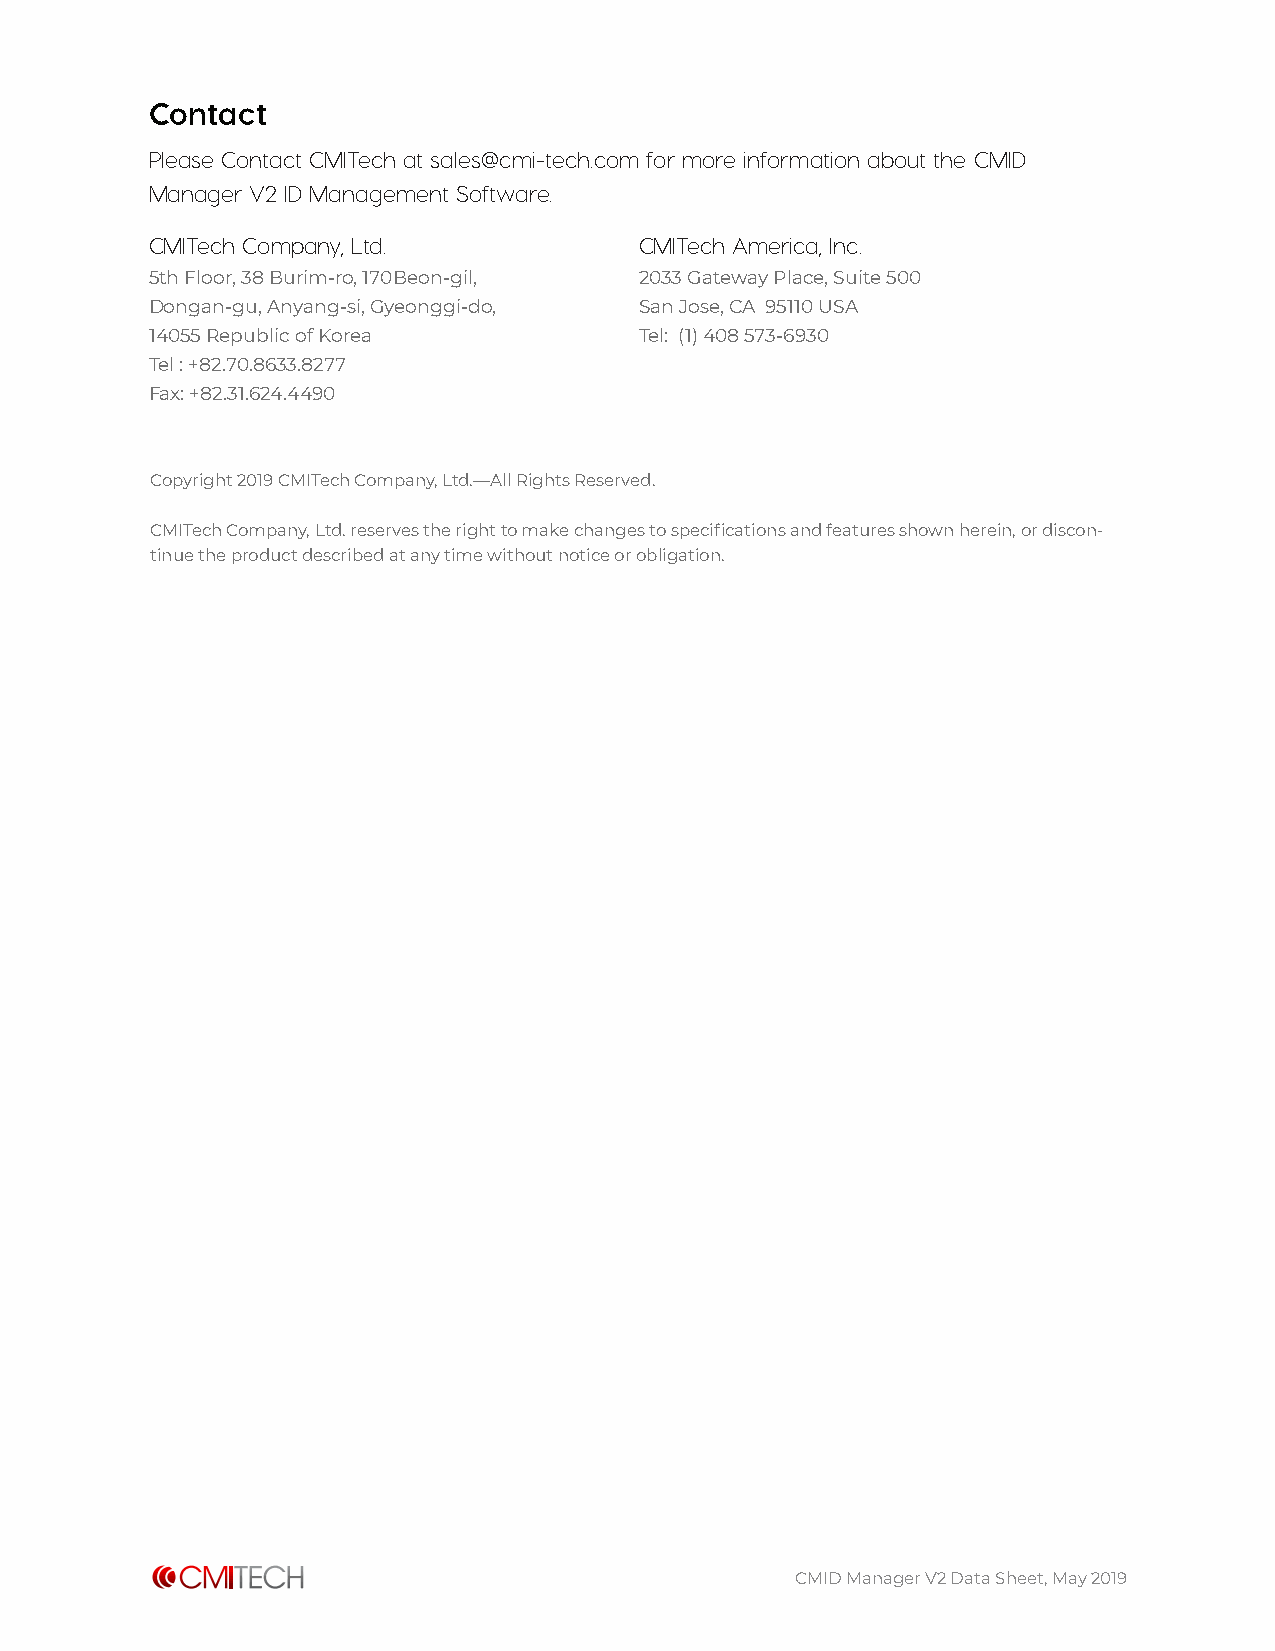
Contact
 Please Contact CMITech at sales@cmi-tech.com for more information about the CMID
 Manager V2 ID Management Software.
 CMITech Company, Ltd.           CMITech America, Inc.
 5th Floor, 38 Burim-ro, 170Beon-gil, 2033 Gateway Place, Suite 500
 Dongan-gu, Anyang-si, Gyeonggi-do, San Jose, CA 95110 USA
 14055 Republic of Korea         Tel: (1) 408 573-6930
 Tel : +82.70.8633.8277
 Fax: +82.31.624.4490
 Copyright 2019 CMITech Company, Ltd.—All Rights Reserved.
 CMITech Company, Ltd. reserves the right to make changes to specifications and features shown herein, or discon-
 tinue the product described at any time without notice or obligation.
 CMID Manager V2 Data Sheet, May 2019